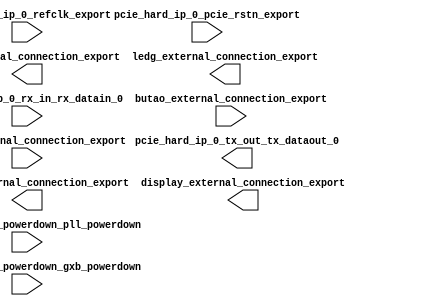

module pcihellocore (
	pcie_hard_ip_0_rx_in_rx_datain_0,
	pcie_hard_ip_0_tx_out_tx_dataout_0,
	pcie_hard_ip_0_powerdown_pll_powerdown,
	pcie_hard_ip_0_powerdown_gxb_powerdown,
	pcie_hard_ip_0_refclk_export,
	pcie_hard_ip_0_pcie_rstn_export,
	hexport_external_connection_export,
	inport_external_connection_export,
	display_external_connection_export,
	butao_external_connection_export,
	ledr_external_connection_export,
	ledg_external_connection_export);	

	input		pcie_hard_ip_0_rx_in_rx_datain_0;
	output		pcie_hard_ip_0_tx_out_tx_dataout_0;
	input		pcie_hard_ip_0_powerdown_pll_powerdown;
	input		pcie_hard_ip_0_powerdown_gxb_powerdown;
	input		pcie_hard_ip_0_refclk_export;
	input		pcie_hard_ip_0_pcie_rstn_export;
	output	[31:0]	hexport_external_connection_export;
	input	[31:0]	inport_external_connection_export;
	output	[31:0]	display_external_connection_export;
	input	[31:0]	butao_external_connection_export;
	output	[31:0]	ledr_external_connection_export;
	output	[31:0]	ledg_external_connection_export;
endmodule